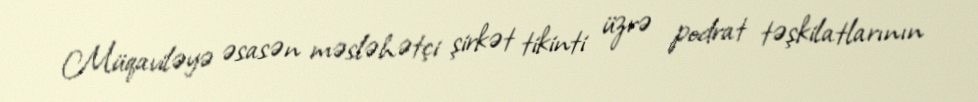
Müqaviləyə əsasən məsləhətçi şirkət tikinti üzrə podrat təşkilatlarının